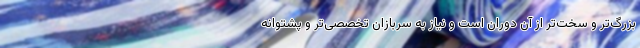
بزرگ‌تر و سخت‌تر از آن دوران است و نیاز به سربازان تخصصی‌تر و پشتوانه